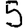
Digit: 5